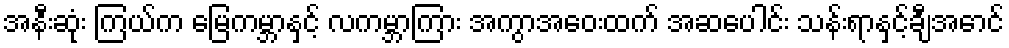
အနီးဆုံး ကြယ်က မြေကမ္ဘာနှင့် လကမ္ဘာကြား အကွာအဝေးထက် အဆပေါင်း သန်းရာနှင့်ချီအောင်